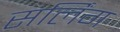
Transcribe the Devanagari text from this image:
सर्लिंग